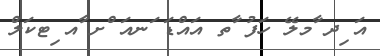
އަ ިދ ާމލޭ ހަފު ާތ އައްޑަ ަނއަ ްށ ާއ ިޓކަލް